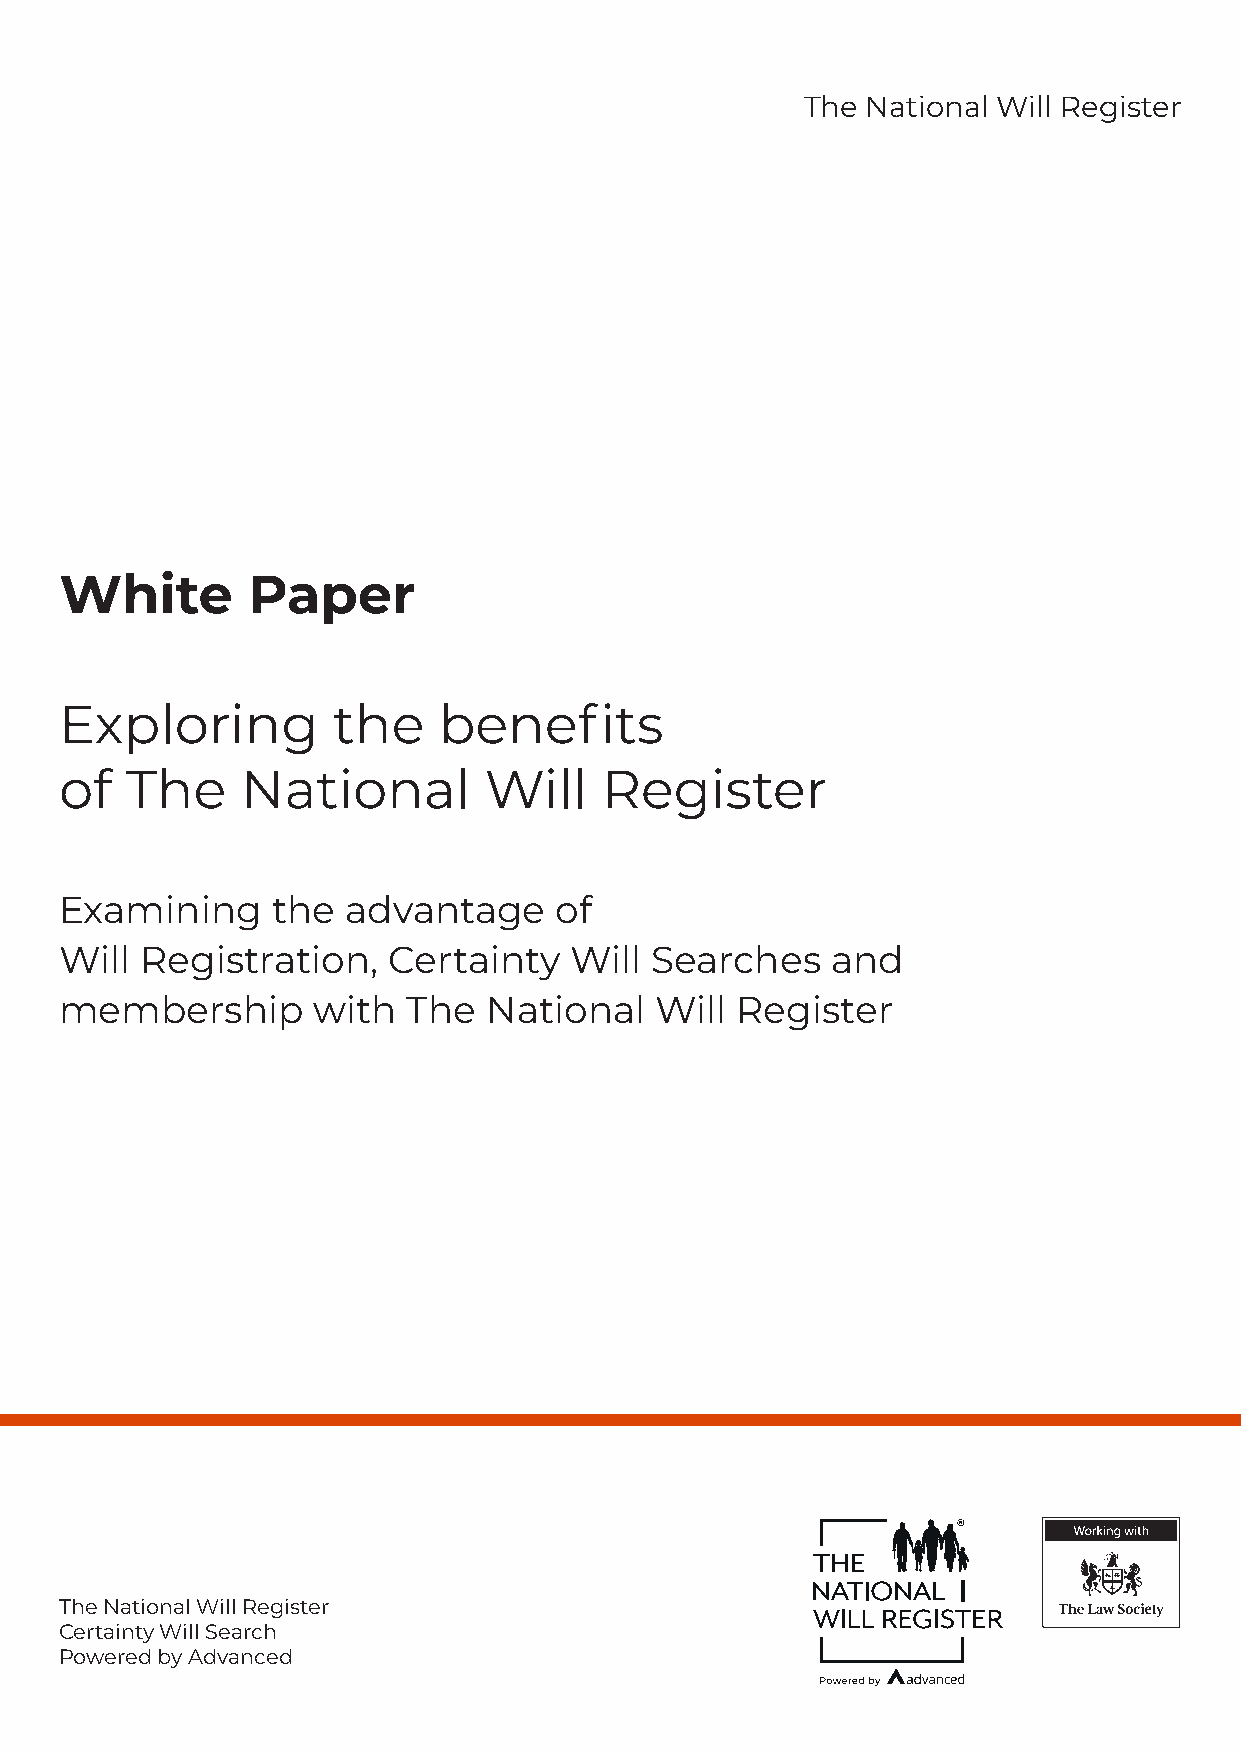
The National Will Register
 White       Paper
 Exploring         the    benefits
 of  The     National        Will    Register
 Examining     the  advantage     of
 Will Registration,    Certainty   Will Searches    and
 membership       with  The  National   Will  Register
 The National Will Register
 Certainty Will Search
 Powered by Advanced